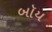
બૉય